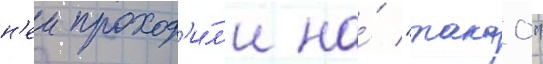
н'еи проход'и́л'и на́ "такао"